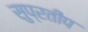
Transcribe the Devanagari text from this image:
सुप्रतीप